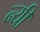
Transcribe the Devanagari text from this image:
न्यी